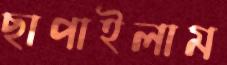
ছাপাইলাম